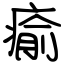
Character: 瘉